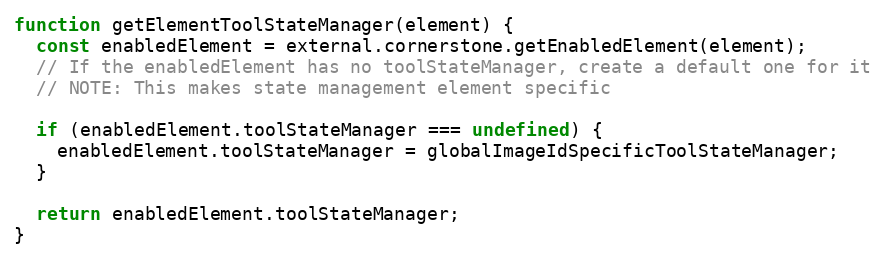
Language: JavaScript
function getElementToolStateManager(element) {
  const enabledElement = external.cornerstone.getEnabledElement(element);
  // If the enabledElement has no toolStateManager, create a default one for it
  // NOTE: This makes state management element specific

  if (enabledElement.toolStateManager === undefined) {
    enabledElement.toolStateManager = globalImageIdSpecificToolStateManager;
  }

  return enabledElement.toolStateManager;
}